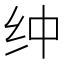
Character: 𰫿